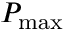
P _ { \mathrm { m a x } }